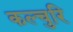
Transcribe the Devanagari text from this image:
कल्चुरि